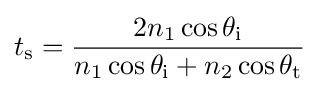
t_{\text{s}}={\frac {2n_{1}\cos \theta _{\text{i}}}{n_{1}\cos \theta _{\text{i}}+n_{2}\cos \theta _{\text{t}}}}